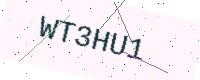
Text: WT3HU1